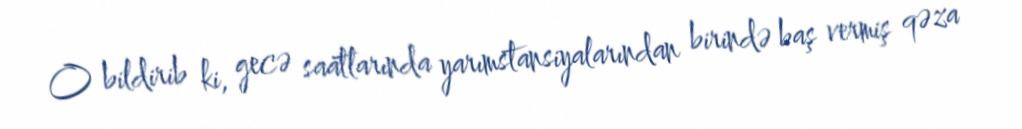
O bildirib ki, gecə saatlarında yarımstansiyalarından birində baş vermiş qəza